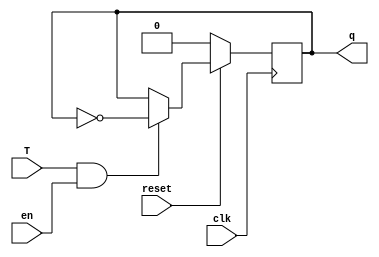
module TFF(q, T, clk, reset, en);
    output reg q;
    input T, clk, reset, en;

    initial q <= 1'b0;
    always @(posedge clk) begin
        if(!reset) begin
            q <= 1'b0;
        end 
        else begin
            if(T & en) begin
                q <= ~q;
            end
            else begin
                q <= q;
            end
        end
    end
endmodule

module DFF(q, D, clk, init, reset);
    output reg q;
    input D, clk, reset, init;

    initial q <= init;
    always @(posedge clk) begin
        if(!reset) begin
            q <= 1'b0;
        end
        else begin
            q <= D;
        end
    end
endmodule

module ControlLogic(T0, T1, T2, S, Z, X, clk, reset);
    output T0, T1, T2;
    input S, Z, X, clk, reset;
    wire Sbar, Zbar, Xbar, T2Z, T0Sbar, dT0;
    wire T0S, T2Xbar, T2XbarZbar, T1Xbar, ddT1, dT1;
    wire T1X, T2Zbar, T2ZbarX, dT2;
    not n1(Sbar, S);
    not n2(Zbar, Z);
    not n3(Xbar, X);
    and a1(T2Z, T2, Z);
    and a2(T0Sbar, T0, Sbar);
    or o1(dT0, T0Sbar, T2Z);

    and a3(T0S, T0, S);
    and a4(T2Xbar, T2, Xbar);
    and a5(T2XbarZbar, T2Xbar, Zbar);
    and a6(T1Xbar, T1, Xbar);
    or o2(ddT1, T0S, T2XbarZbar);
    or o3(dT1, ddT1, T1Xbar);

    and a7(T1X, T1, X);
    and a8(T2Zbar, T2, Zbar);
    and a9(T2ZbarX, T2Zbar, X);
    or o4(dT2, T1X, T2ZbarX);

    DFF d1(T0, dT0, clk, 1'b1, 1'b1);
    DFF d2(T1, dT1, clk, 1'b0, reset);
    DFF d3(T2, dT2, clk, 1'b0, reset);
endmodule

module COUNTER_4BIT(q, clk, reset, en);
    output [3:0] q;
    input clk, reset, en;

    TFF t1(q[0], 1'b1, clk, reset, en);
    TFF t2(q[1], q[0], clk, reset, en);
    TFF t3(q[2], q[0] & q[1], clk, reset, en);
    TFF t4(q[3], q[0] & q[1] & q[2], clk, reset, en);
endmodule

module INTG(G, q, S, X, clk, reset);
    output G;
    output [3:0] q;
    input S, clk, X, reset;
    wire T0, T1, T2, Z;

    assign Z = q[0] & q[1] & q[2] & q[3];
    COUNTER_4BIT c(q, clk, ~(T0 & S), (T1 & X) | (T2 & ~Z & X));
    ControlLogic cl(T0, T1, T2, S, Z, X, clk, reset);
    DFF d(G, T2 & Z, clk, 1'b0, reset);
endmodule

module Testbench;
    reg S, X, clk, reset;
    wire G;
    wire [3:0] q;
    INTG i(G, q, S, X, clk, reset);
    initial begin
        clk = 1'b0;
        repeat(100)
            #1 clk = ~clk;
    end

    initial begin
        $dumpfile("t.vcd");
        $dumpvars;
    end
    
    initial begin
        $monitor($time, " S=%b, X=%b, G=%b, q=%b", S, X, G, q);
        S = 1'b1; X = 1'b1; reset = 1'b1;
        #100 $finish;
    end
endmodule